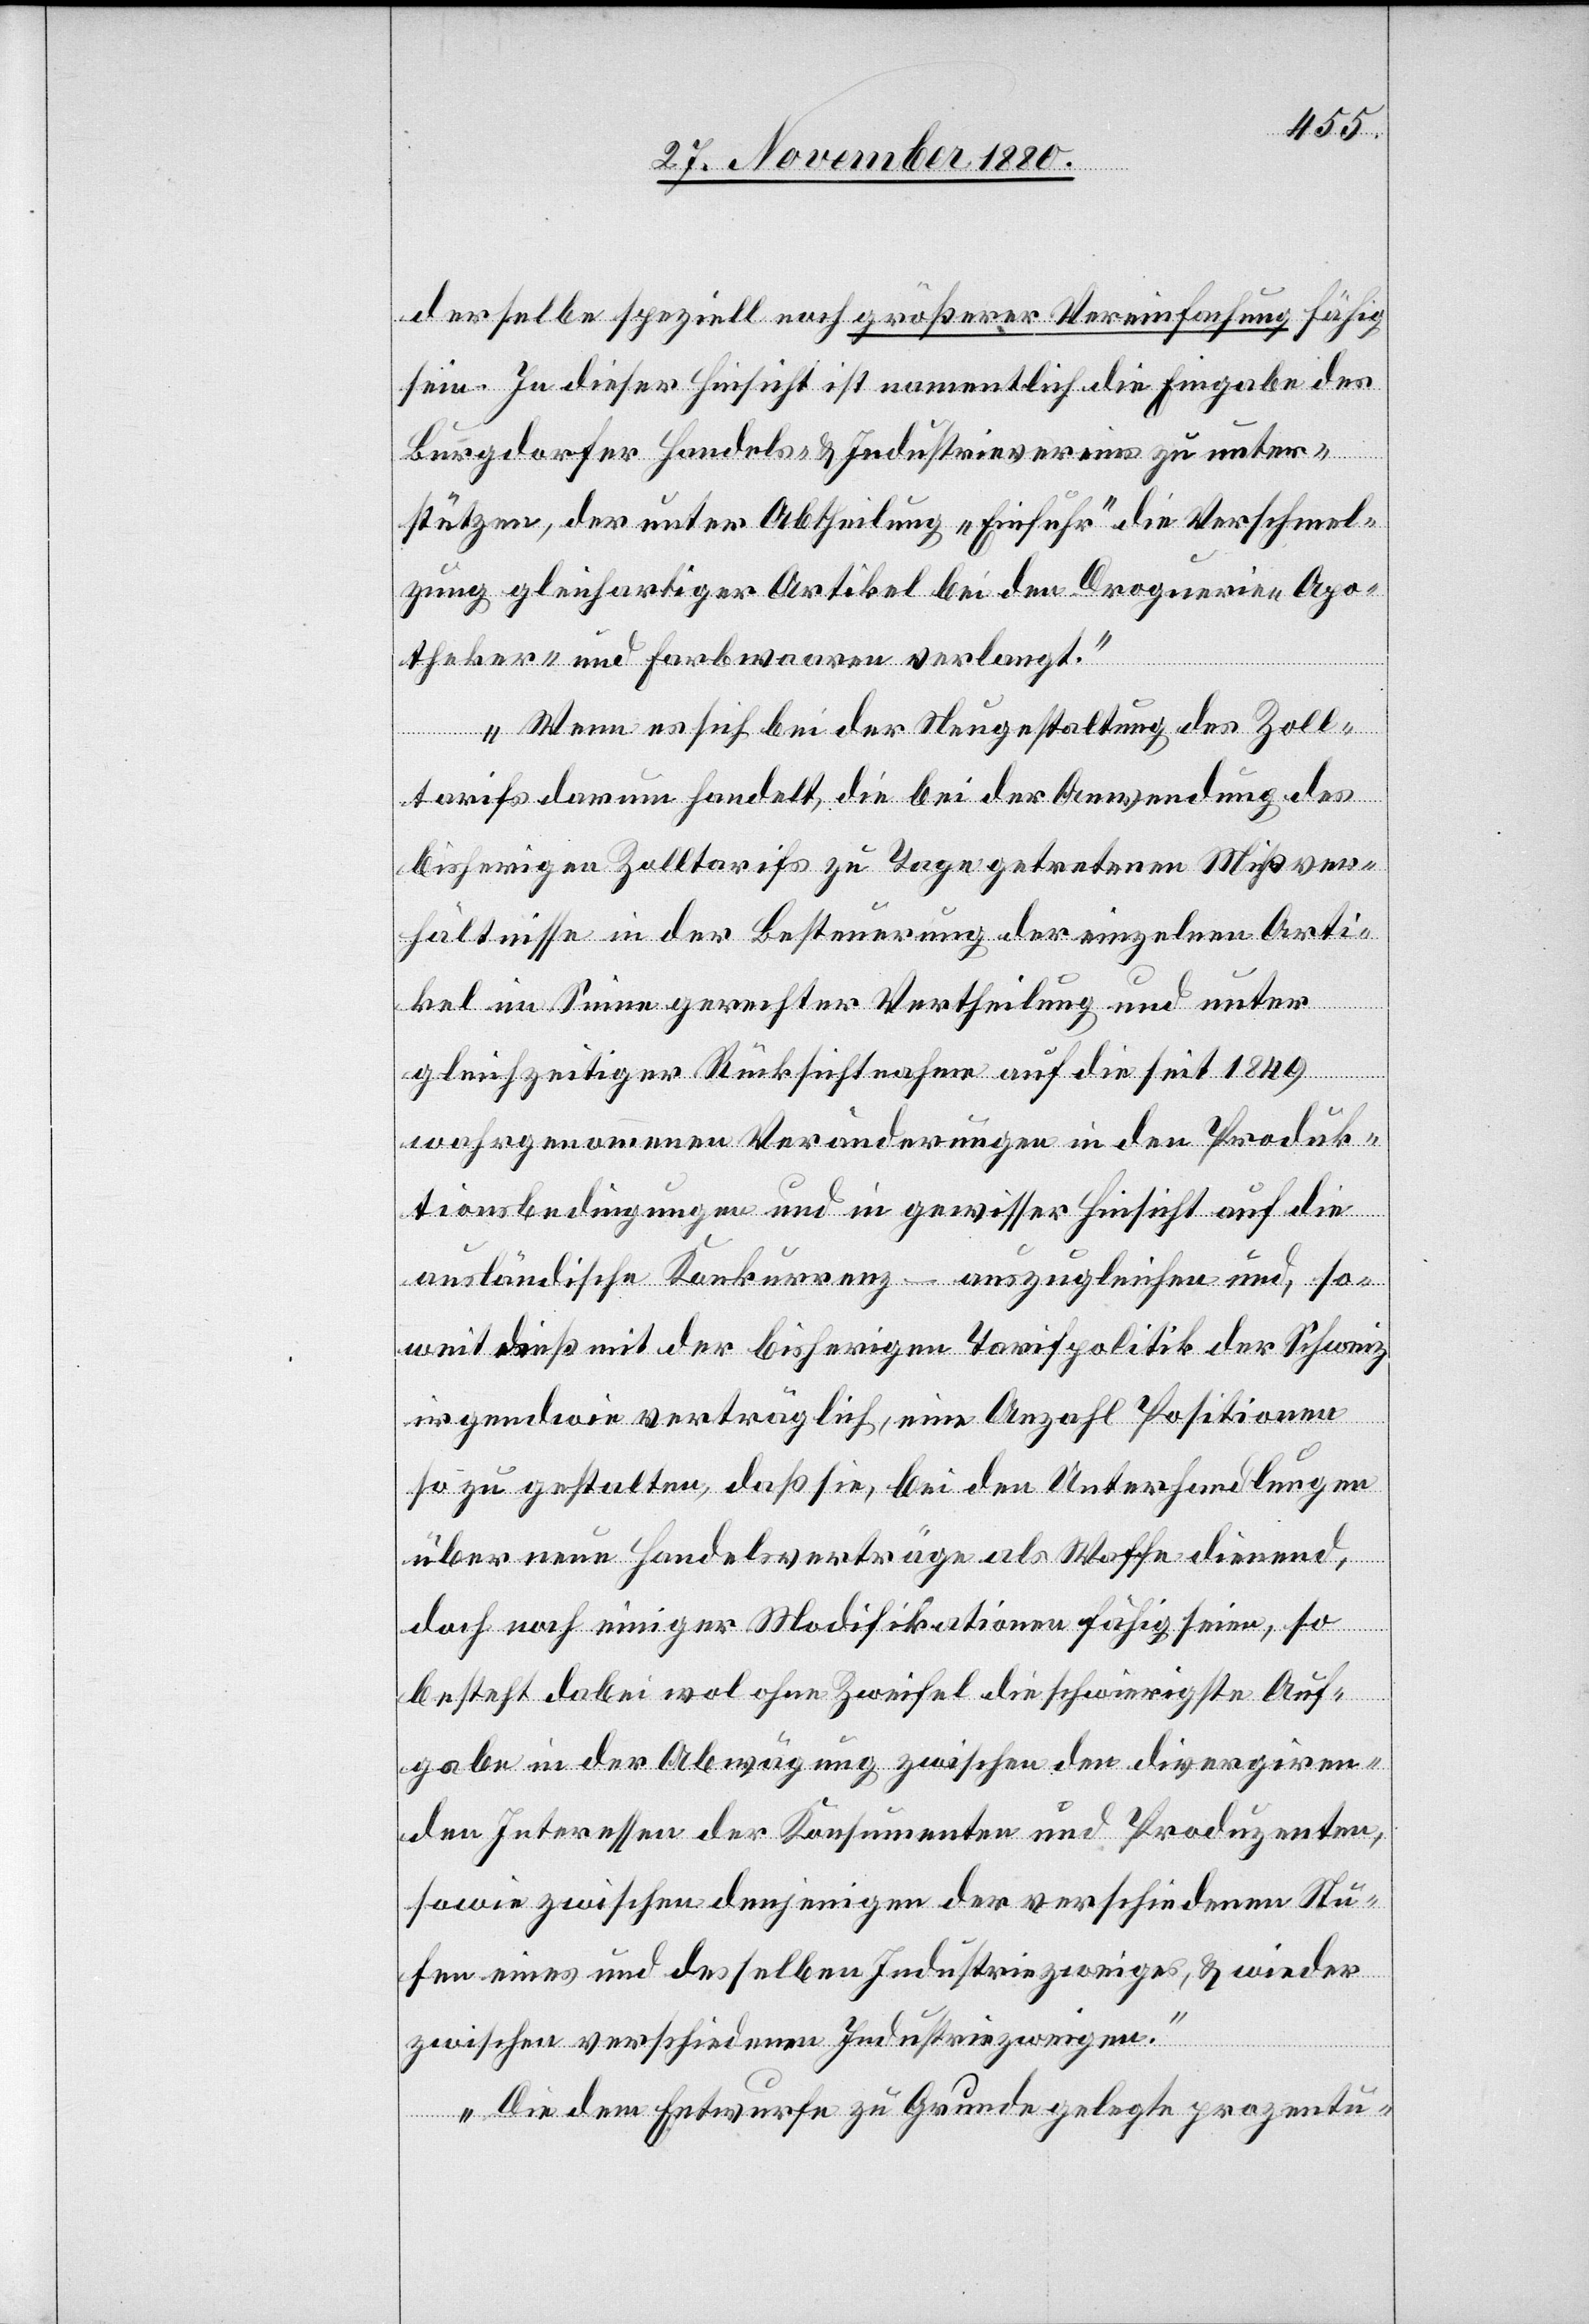
derselbe speziell noch größerer Vereinfachung fähig
sein. In dieser Hinsicht ist namentlich die Eingabe des
Burgdorfer Handels- & Industrievereins zu unter¬
stützen, der unter Abtheilung „Einfuhr“ die Verschmel¬
zung gleichartiger Artikel bei den Droguerie-[,] Apo¬
theker- und Farbwaaren verlangt.
Wenn es sich bei der Neugestaltung des Zoll¬
tarifs darum handelt, die bei der Anwendung des
bisherigen Zolltarifs zu Tage getretenen Mißver¬
hältnisse in der Besteuerung der einzelnen Arti¬
kel im Sinne gerechter Vertheilung und unter
gleichzeitiger Rücksichtnahme auf die seit 1849
wahrgenommenen Veränderungen in den Produk¬
tionsbedingungen und in gewisser Hinsicht auf die
ausländische Konkurrenz – auszugleichen und, so¬
weit dieß mit der bisherigen Tarifpolitik der Schweiz
irgendwie verträglich, eine Anzahl Positionen
so zu gestalten, daß sie, bei den Unterhandlungen
über neue Handelsverträge als Waffe dienend,
doch noch einiger Modifikationen fähig seien, so
besteht dabei wol ohne Zweifel die schwierigste Auf¬
gabe in der Abwägung zwischen den divergiren¬
den Interessen der Konsumenten und Produzenten,
sowie zwischen denjenigen der verschiedenen Stu¬
fen eines und desselben Industriezweiges, & wieder
zwischen verschiedenen Industriezweigen.
Die dem Entwurfe zu Grunde gelegte prozentu-